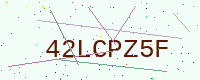
Text: 42LCPZ5F